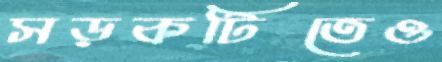
সড়কটিতেও